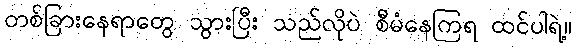
တစ်ခြားနေရာတွေ သွားပြီး သည်လိုပဲ စီမံနေကြရ ထင်ပါရဲ့။